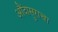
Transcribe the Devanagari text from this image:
औंदासुराचा